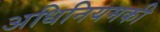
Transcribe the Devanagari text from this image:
अधिनियमकी